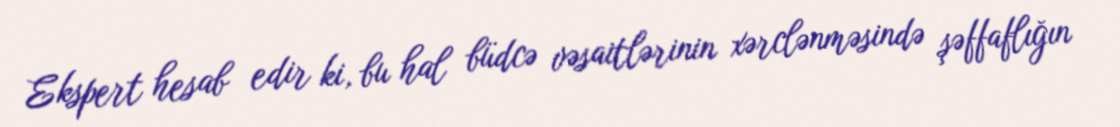
Ekspert hesab edir ki, bu hal büdcə vəsaitlərinin xərclənməsində şəffaflığın